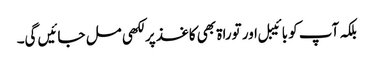
بلکہ آپ کو بائیبل اور توراۃ بھی کاغذ پر لکھی مل جائیں گی۔